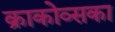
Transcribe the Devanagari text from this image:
क्राकोव्सका